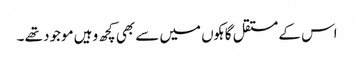
اس کے مستقل گاہکوں میں سے بھی کچھ وہیں موجود تھے ۔